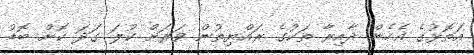
އަތޮޅުގެ އެހެން ދާއިރާ ތަކުގެ ރައްޔިތުން ވަރަށް ކުލަ ގަދަ ކޮށް ބޮޑު